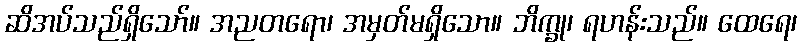
ဆိအပ်သည်ရှိသော်။ အညတရော၊ အမှတ်မရှိသော။ ဘိက္ခု၊ ရဟန်းသည်။ ထေရေ၊